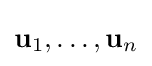
\mathbf {u} _{1},\ldots ,\mathbf {u} _{n}